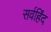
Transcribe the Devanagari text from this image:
सर्वहिंद